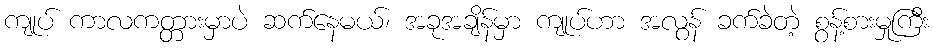
ကျုပ် ကာလကတ္တားမှာပဲ ဆက်နေမယ်၊ အခုအချိန်မှာ ကျုပ်ဟာ အလွန် ခက်ခဲတဲ့ စွန့်စားမှုကြီး